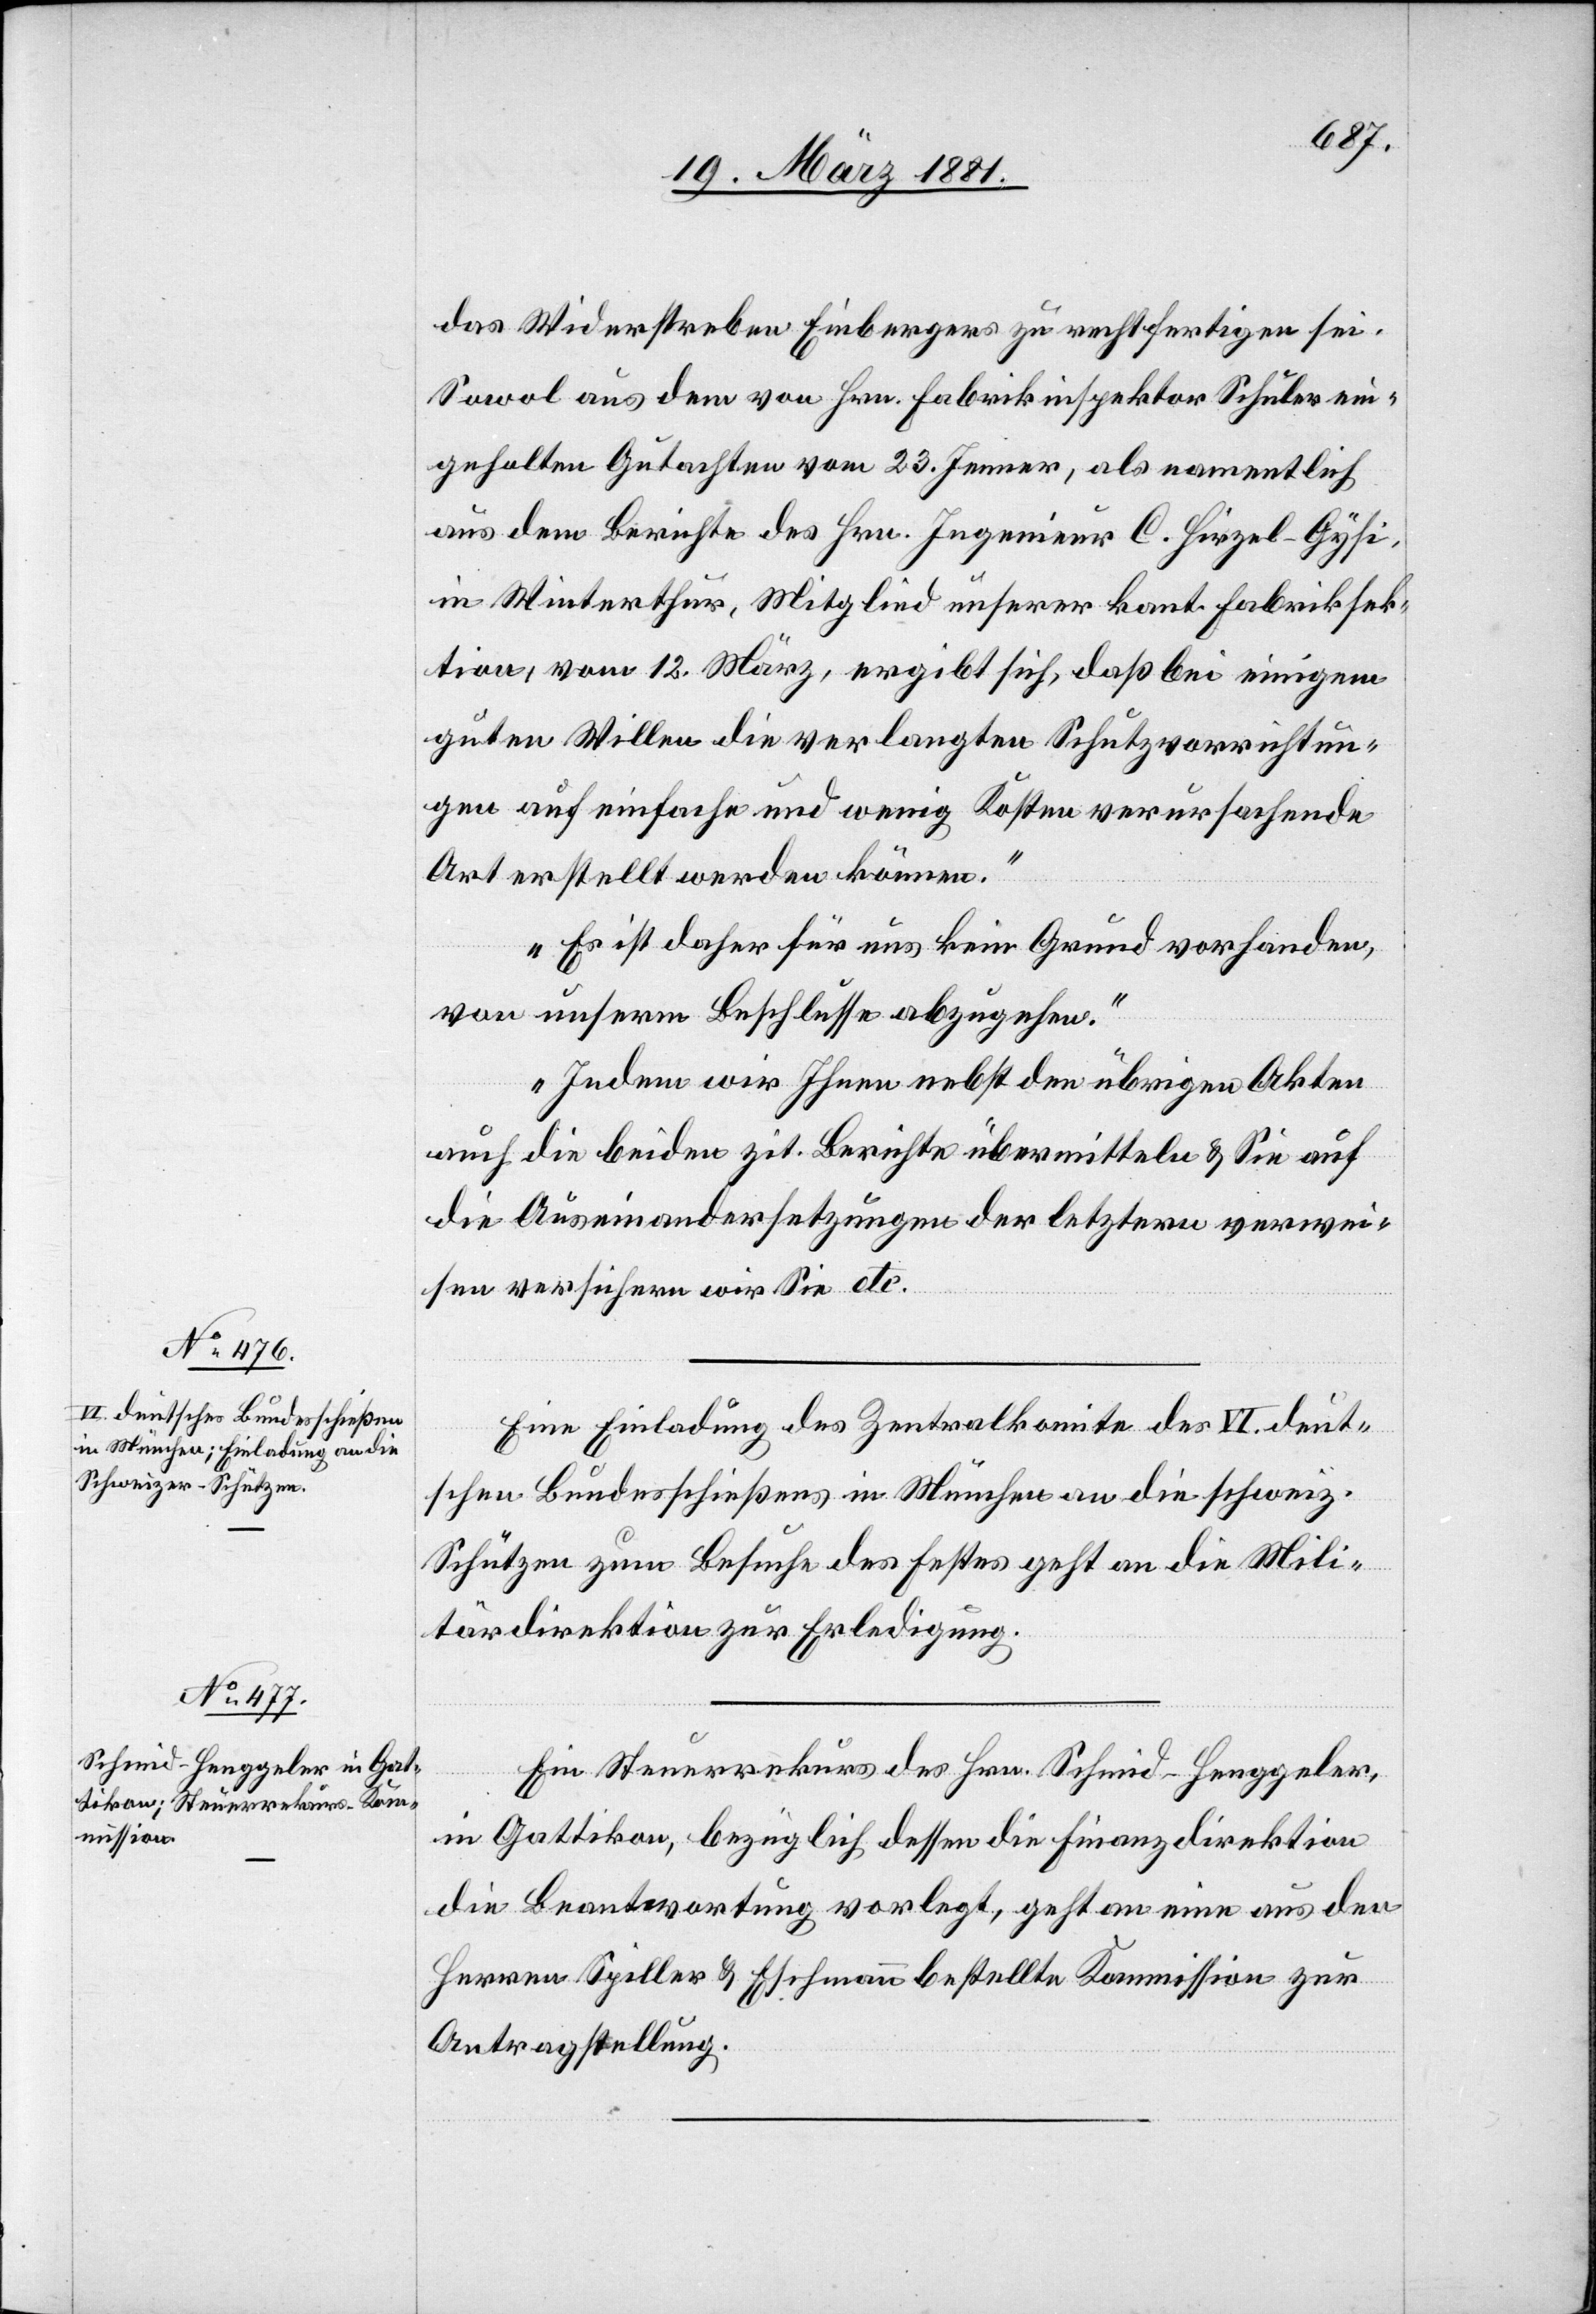
das Widerstreben Einbergers zu rechtfertigen sei.
Sowol aus dem von Hrn. Fabrikinspektor Schuler ein¬
geholten Gutachten vom 23. Jenner, als namentlich
aus dem Berichte des Hrn. Ingenieur C. Hirzel-Gysi,
in Winterthur, Mitglied unserer kant. Fabriksek¬
tion, vom 12. März, ergibt sich, daß bei einigem
guten Willen die verlangten Schutzvorrichtun¬
gen auf einfache und wenig Kosten verursachende
Art erstellt werden können.
Es ist daher für uns kein Grund vorhanden,
von unserm Beschlusse abzugehen.
Indem wir Ihnen nebst den übrigen Akten
auch die beiden zit. Berichte übermitteln & Sie auf
die Auseinandersetzungen der letztern verwei¬
sen versichern wir Sie etc.“
Eine Einladung des Zentralkomite des VI. deut¬
schen Bundesschießens in München an die schweiz.
Schützen zum Besuche des Festes geht an die Mili¬
tärdirektion zur Erledigung.
Ein Steuerrekurs des Hrn. Schmid-Henggeler,
in Gattikon, bezüglich dessen die Finanzdirektion
die Beantwortung vorlegt, geht an eine aus den
Herren Spiller & Eschmann bestellte Kommission zur
Antragstellung.